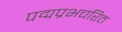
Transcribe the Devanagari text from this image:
पद्मप्रभचरित